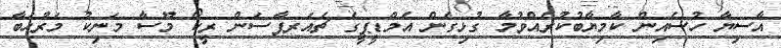
އާސިޔާ ހުސެއިން ކާމިޔާބުކުރެއްވުމާ ގުޅިގެން އެމްޑީޕީގެ ޗެއަރޕާސަން ރީކޯ މޫސާ މަނިކު މަރުހަބާ